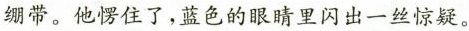
绷带。他愣住了，蓝色的眼睛里闪出一丝惊疑。